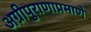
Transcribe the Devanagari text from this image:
अग्रीपुराणाप्रमाणे